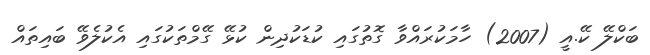
ބަކްލޭ ކޭ.އީ (2007) ހާމަކުރައްވާ ގޮތުގައި ކުޑަކުދިން ކުޅޭ ގޭމްތަކުގައި އެކުލެވޭ ބައިތައް